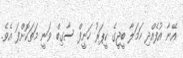
އޭނާ އުފެއްދި ހަމަލާ ބީޖީގެ ކީޕަރު ހަނީފް ސާގިބް ވަނީ މަތަކޮށްފަ އެވެ.